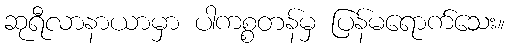
ဆုရီလာနာယာမှာ ပါကစ္စတန်မှ ပြန်မရောက်သေး။